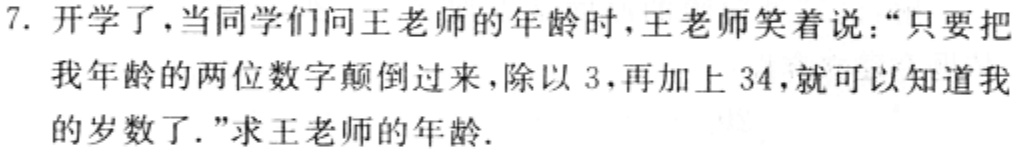
7. 开学了，当同学们问王老师的年龄时，王老师笑着说：“只要把我年龄的两位数字颠倒过来，除以3，再加上34，就可以知道我的岁数了.”求王老师的年龄.